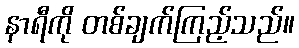
နာရီကို တစ်ချက်ကြည့်သည်။